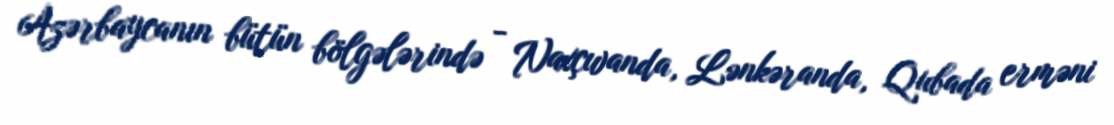
Azərbaycanın bütün bölgələrində - Naxçıvanda, Lənkəranda, Qubada erməni